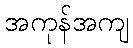
အကုန်အကျ